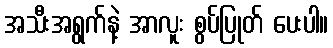
အသီးအရွက်နဲ့ အာလူး စွပ်ပြုတ် ပေးပါ။